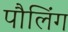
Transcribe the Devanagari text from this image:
पौलिंग